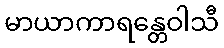
မာယာကာရန္တေဝါသီ